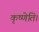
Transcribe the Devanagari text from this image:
कृष्णेति।